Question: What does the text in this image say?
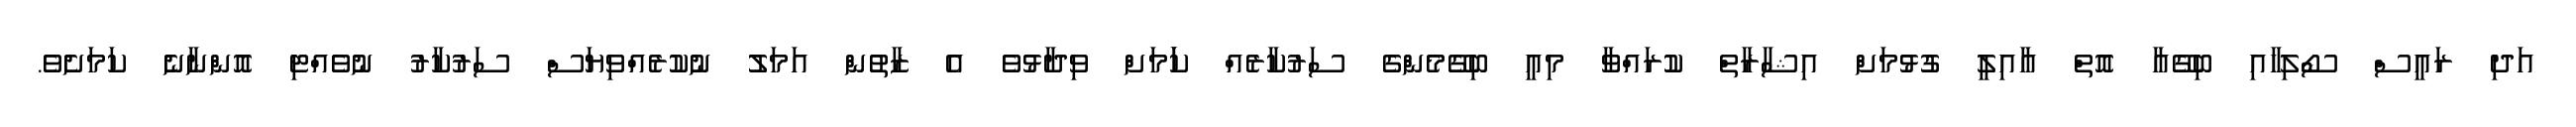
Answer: އަދި ރައީސް ސޯލިހާއި ބިގޭއާ އޮތް އާއިލީ ގުޅުމަށް އިޝާރާތް ކުރައްވާ މިއީ ބިގޭމެންގެ ސަރުކާރެއް ކަަމަށް ވިދާޅުވެ އެ ޒާތުން އަމަލު ނުކުރެއްވިޔަސް ސަރުކާރު ނުވެއްޓި އޮންނާނެ ކަމަށެވެ.